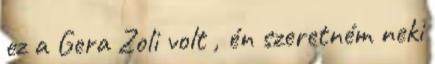
ez a Gera Zoli volt , én szeretném neki